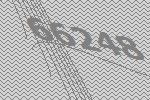
66248